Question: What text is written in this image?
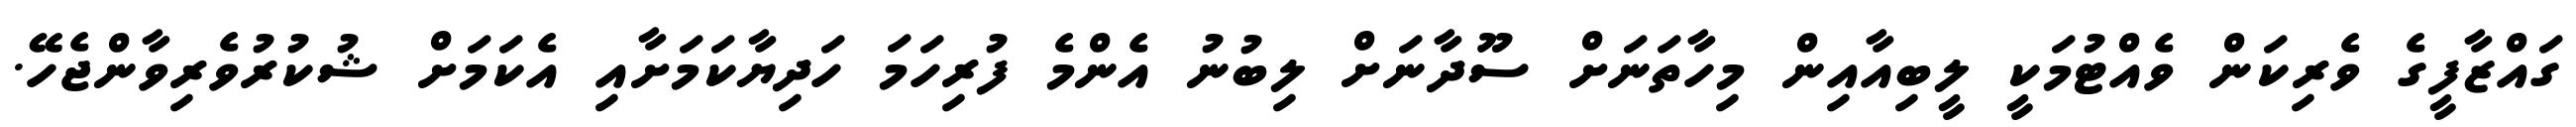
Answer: ގައްޒާފީގެ ވެރިކަން ވެއްޓުމަކީ ލީބިއާއިން މިހާތަނަށް ސޫދާނަށް ލިބުނު އެންމެ ފުރިހަމަ ހަދިޔާކަމަށާއި އެކަމަށް ޝުކުރުވެރިވާންޖެހޭ.